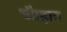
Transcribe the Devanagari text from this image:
चौाहान